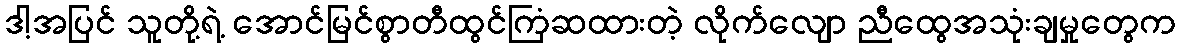
ဒါ့အပြင် သူတို့ရဲ့ အောင်မြင်စွာတီထွင်ကြံဆထားတဲ့ လိုက်လျော ညီထွေအသုံးချမှုတွေက